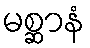
မစ္ဆာနံ